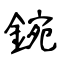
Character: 鋺